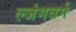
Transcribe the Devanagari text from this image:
ल्जंगबर्ग